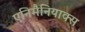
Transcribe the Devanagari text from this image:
एनिमैनियाक्स